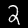
Digit: 2